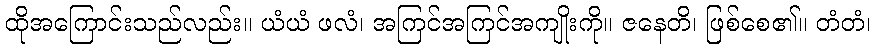
ထိုအကြောင်းသည်လည်း။ ယံယံ ဖလံ၊ အကြင်အကြင်အကျိုးကို။ ဇနေတိ၊ ဖြစ်စေ၏။ တံတံ၊